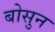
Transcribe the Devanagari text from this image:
बोसुन